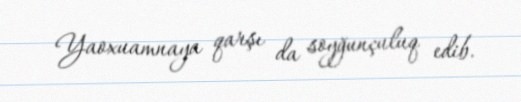
Yaoxuamnaya qarşı da soyğunçuluq edib.